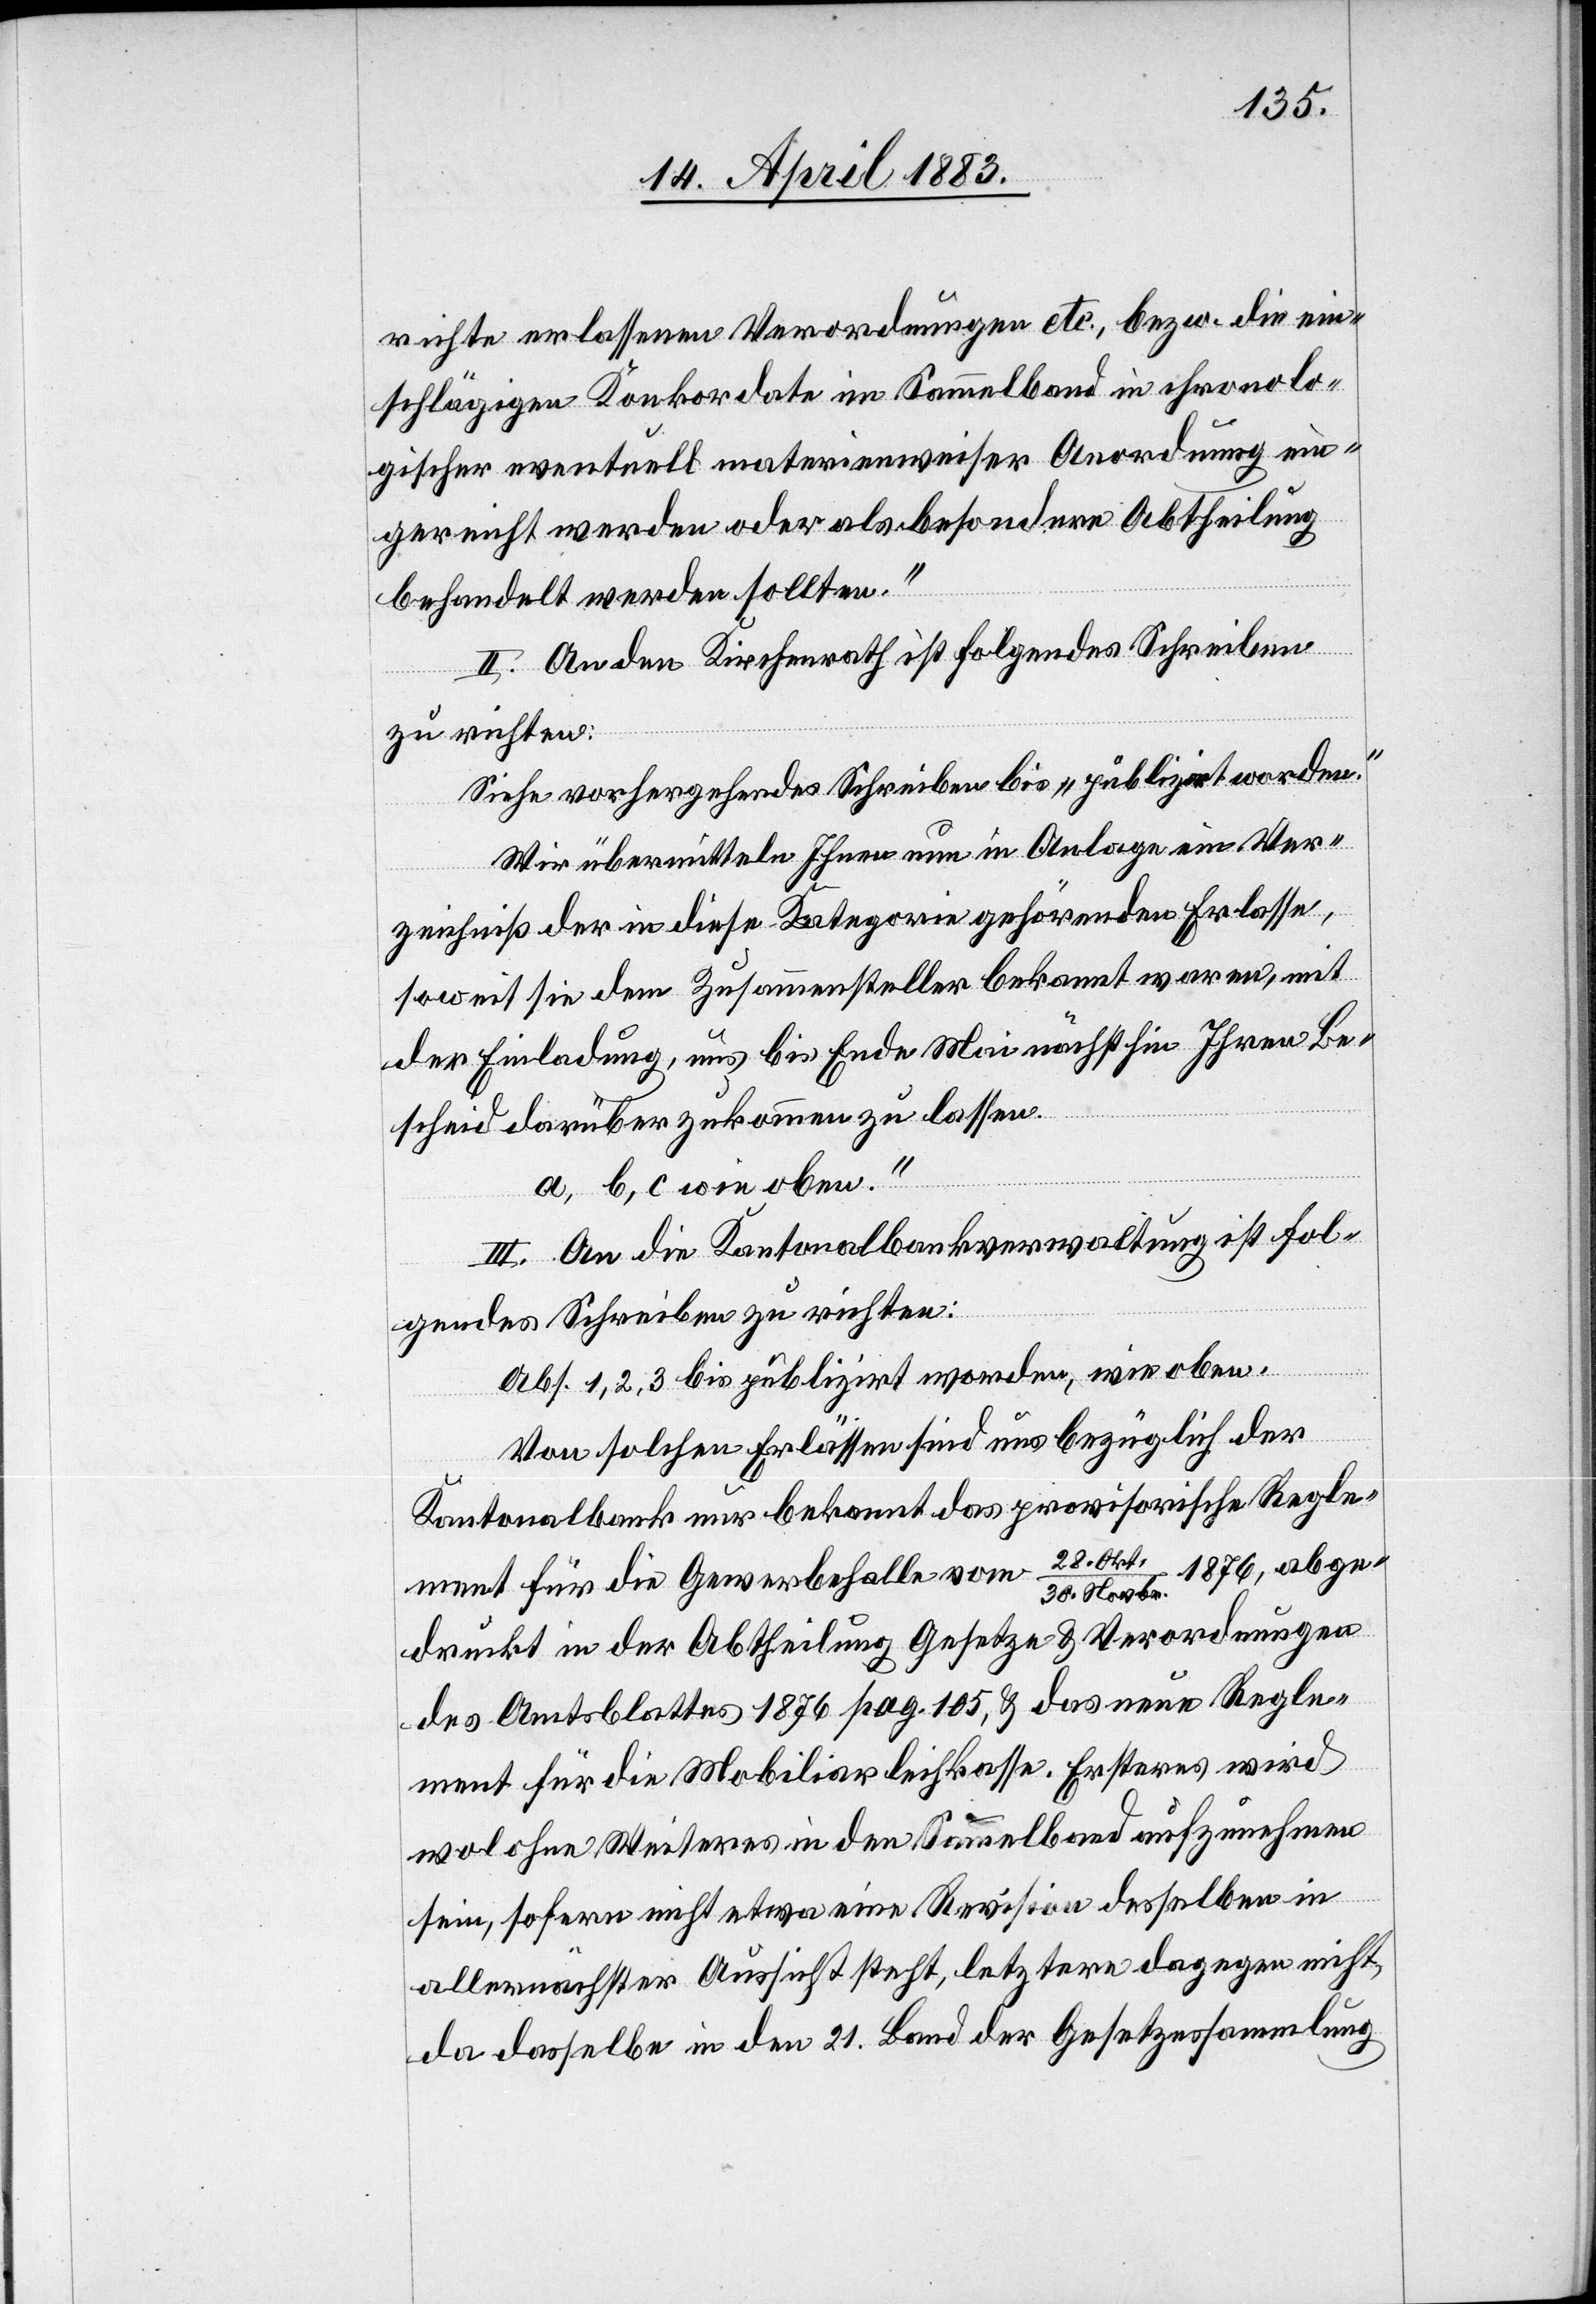
richte erlassene Verordnungen etc., bezw. die ein¬
schlägigen Konkordate im Sammelband in chronolo¬
gischer eventuell materienweiser Anordnung ein¬
gereicht werden oder als besondere Abtheilung
behandelt werden sollten.“
II. An den Kirchenrath ist folgendes Schreiben
zu richten:
Siehe vorhergehendes Schreiben bis „publizirt worden.“
„Wir übermitteln Ihnen nun in Anlage ein Ver¬
zeichniß der in diese Kategorie gehörenden Erlasse,
soweit sie dem Zusammensteller bekannt waren, mit
der Einladung, uns bis Ende Mai nächsthin Ihren Be¬
scheid darüber zukommen zu lassen.
a, b, c wie oben.“
III. An die Kantonalbankverwaltung ist fol¬
gendes Schreiben zu richten:
Abs. 1, 2, 3 bis publizirt worden, wie oben.
„Von solchen Erlässen sind uns bezüglich der
Kantonalbank nur bekannt das provisorische Regle¬
1876, abge¬
ment für die Gewerbehalle vom 28. Ok¬
t./30. Novbr.
druckt in der Abtheilung Gesetze & Verordnungen
des Amtsblattes 1876 pag. 105, & das neue Regle¬
ment für die Mobiliarleihkasse. Ersteres wird
wol ohne Weiteres in den Sammelband aufzunehmen
sein, sofern nicht etwa eine Revision desselben in
allernächster Aussicht steht, letztere dagegen nicht,
da dasselbe in den 21. Band der Gesetzessammlung